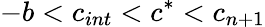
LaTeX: -b<c_{int}<c^{*}<c_{n+1}